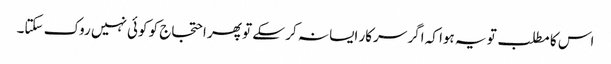
اس کا مطلب تو یہ ہوا کہ اگر سرکار ایسا نہ کر سکے تو پھر احتجاج کو کوئی نہیں روک سکتا۔